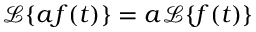
{ \mathcal { L } } \{ a f ( t ) \} = a { \mathcal { L } } \{ f ( t ) \}